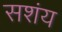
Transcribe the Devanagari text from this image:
सशंय